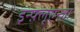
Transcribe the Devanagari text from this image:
इन्फ़्लूएन्ज़ा